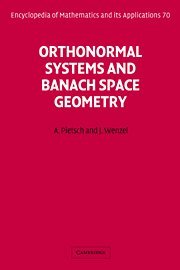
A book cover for Orthonormal Systems and Banach Space Geometry (Encyclopedia of Mathematics and its Applications); Albrecht Pietsch; Science & Math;